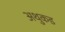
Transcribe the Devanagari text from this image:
अथुकड